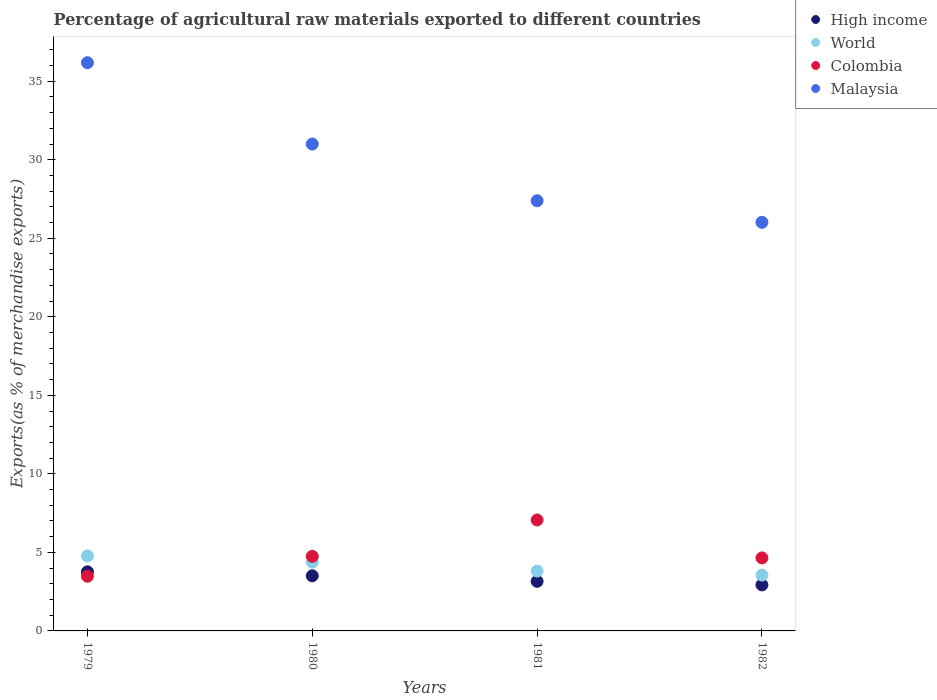
| Years | High income | World | Colombia | Malaysia |
 | --- | --- | --- | --- | --- |
 | 1979 | 3.76 | 4.77 | 3.48 | 36.2 |
 | 1980 | 3.51 | 4.38 | 4.75 | 31 |
 | 1981 | 3.16 | 3.81 | 7.07 | 27.4 |
 | 1982 | 2.93 | 3.55 | 4.65 | 26 |